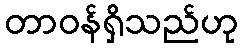
တာဝန်ရှိသည်ဟု